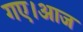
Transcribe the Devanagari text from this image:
गए।आज